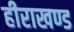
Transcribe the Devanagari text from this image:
हीराखण्ड